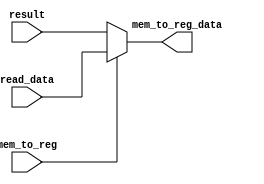
`timescale 1ns / 1ps
//////////////////////////////////////////////////////////////////////////////////
// Company: 
// Engineer: 
// 
// Design Name: 
// Module Name: mux_mem_to_reg
// Project Name: 
// Target Devices: 
// Tool Versions: 
// Description: 
// 
// Dependencies: 
// 
// Revision:
// Revision 0.01 - File Created
// Additional Comments:
// 
//////////////////////////////////////////////////////////////////////////////////


module mux_mem_to_reg(
input       read_data,
input       result,
input       mem_to_reg,
output      mem_to_reg_data
);

assign mem_to_reg_data = mem_to_reg ?   read_data: result;

endmodule